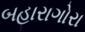
બહારાગોરા